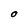
Character: O